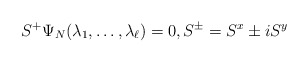
\begin{align*}S^+\Psi_N(\lambda_1,\ldots,\lambda_\ell)=0,S^\pm=S^x\pm iS^y\end{align*}